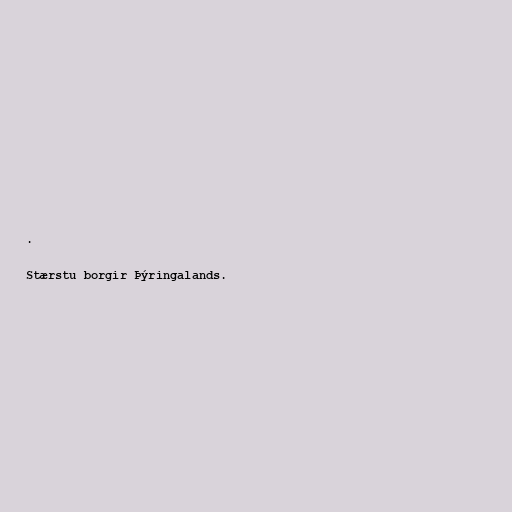
.

Stærstu borgir Þýringalands.